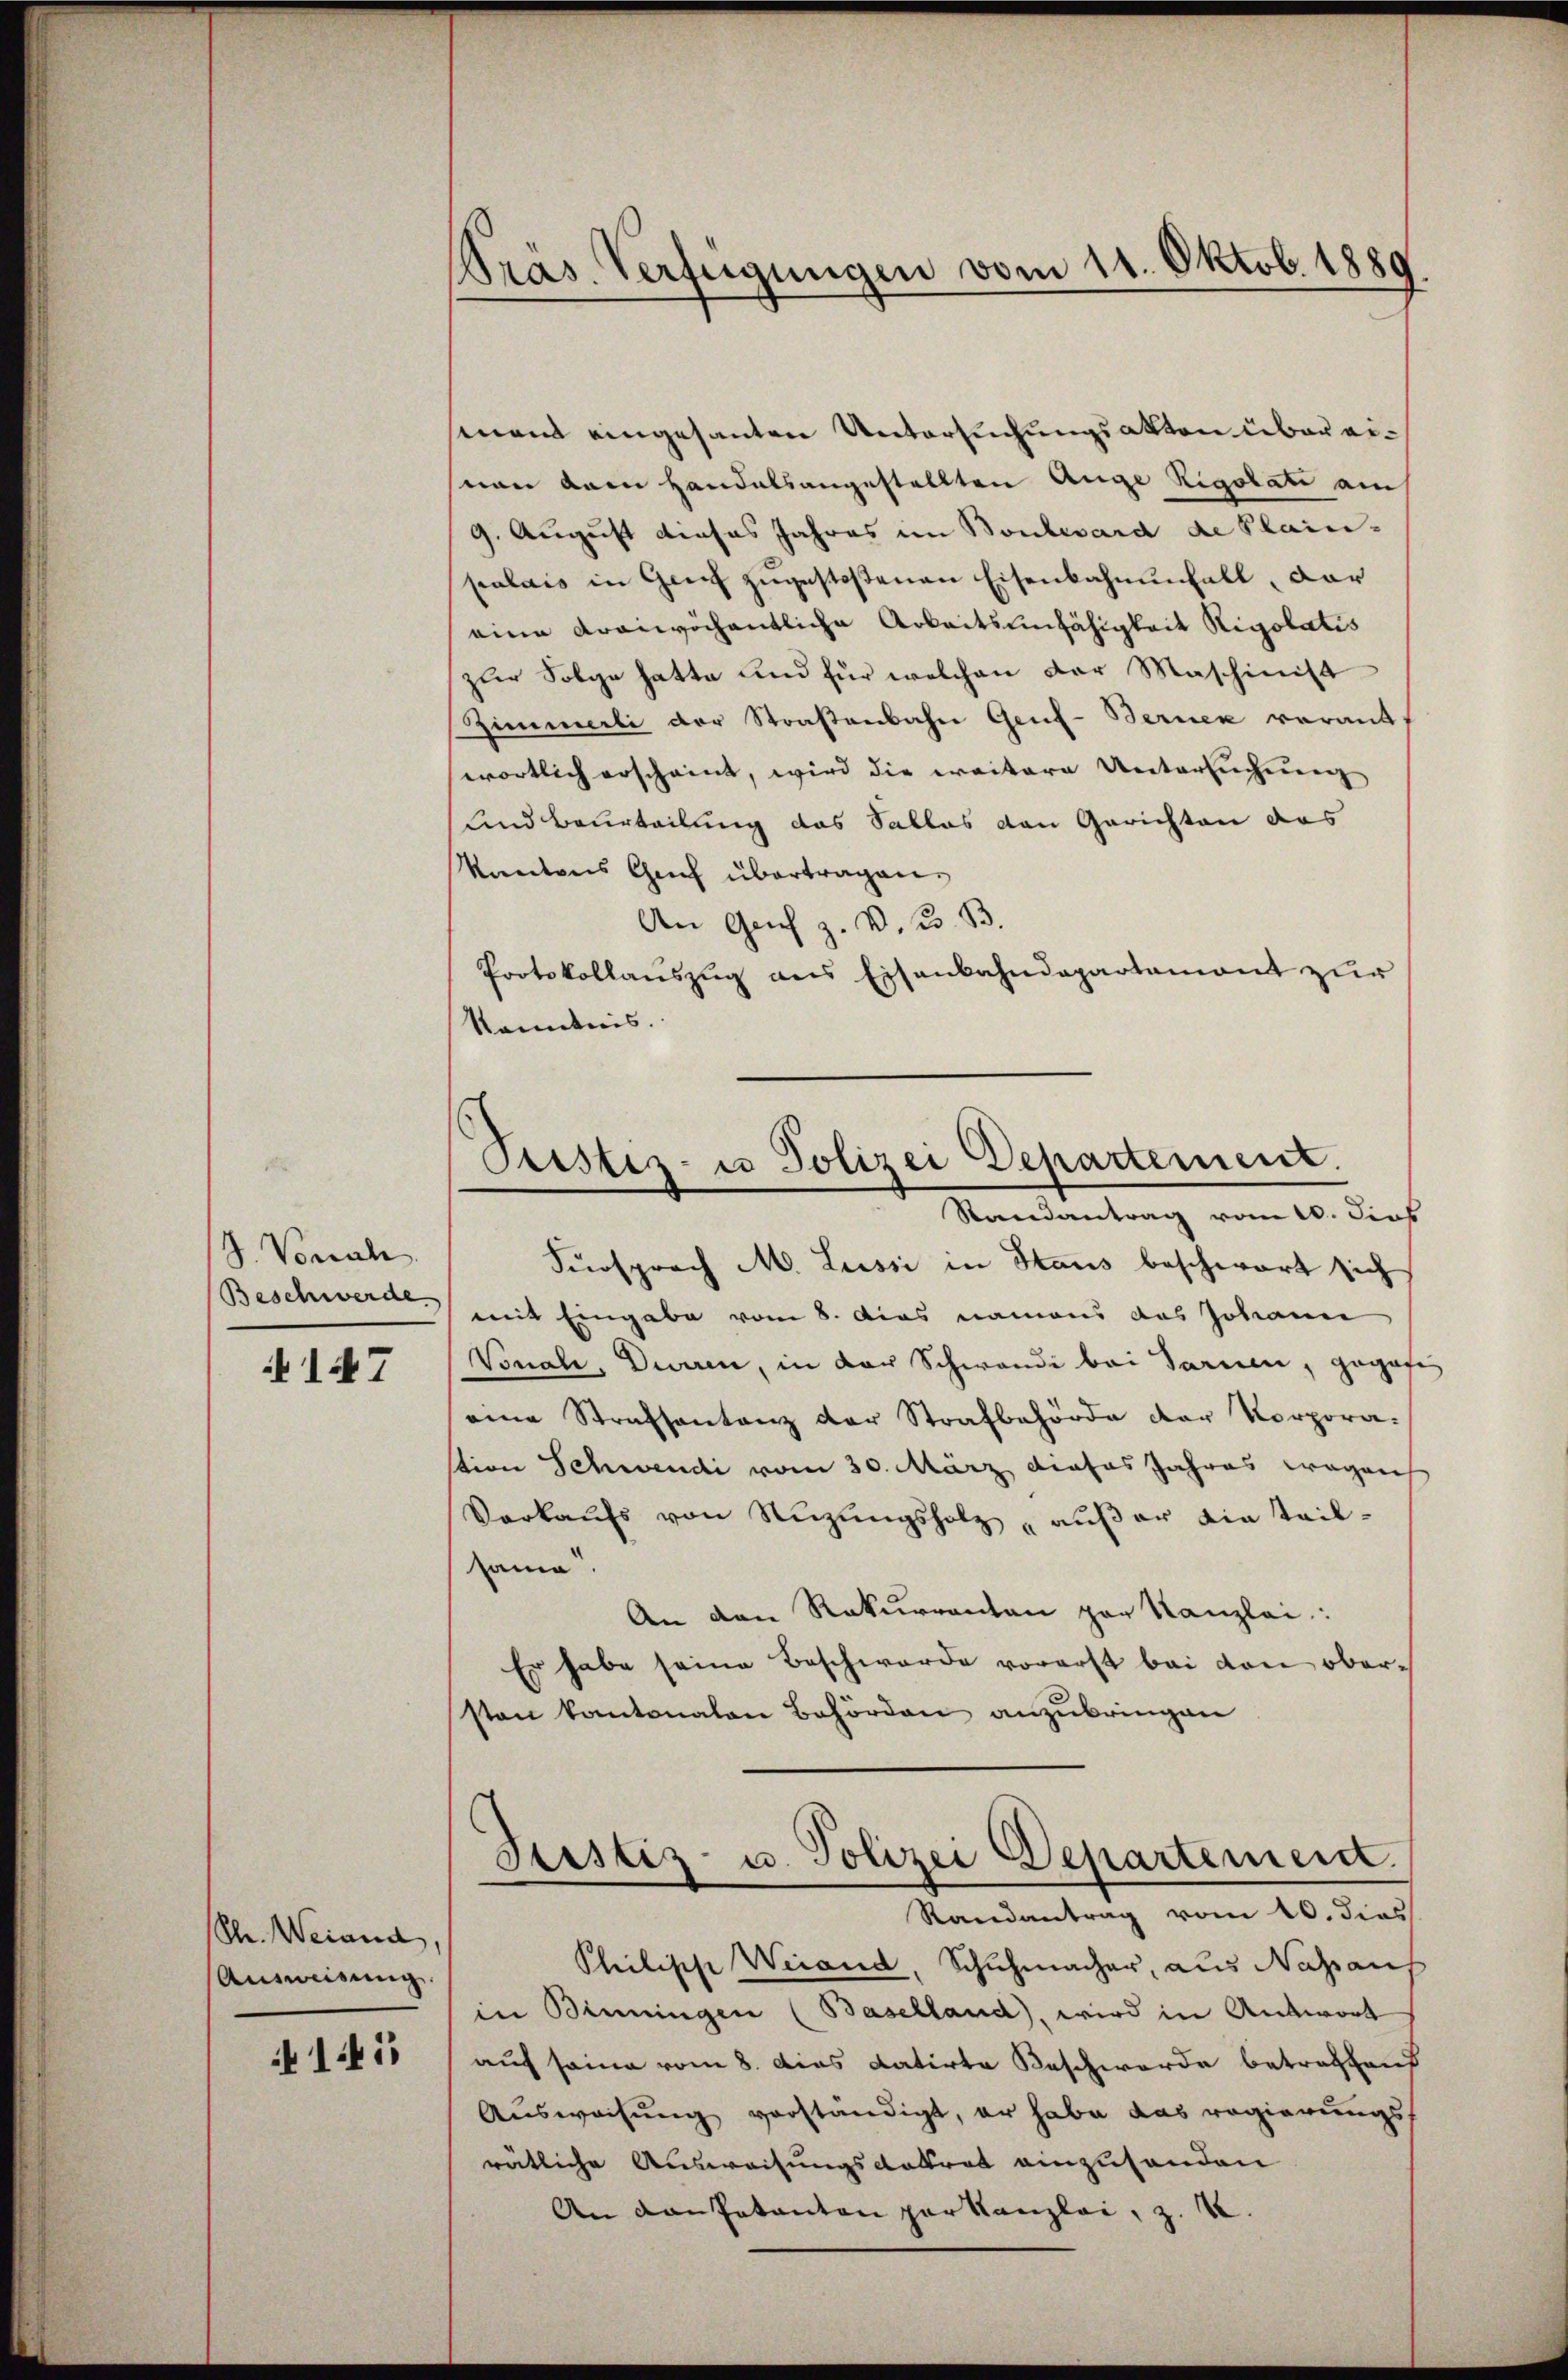
J. Vonial
Beschwerde

147

Str. Weiand,
Ausweisung.

141

Präs. Verfügungen vom 11. Oktob. 1889

Pustiz- u Polizei Departement.
Randantrag vom 10. dies

senen eingesanten Untersuchungsakten über eivon dem Handelsangestellten Auge Rigolate au
9. August dieses Jahres im Boulevard de Plain-
palais in Genf zugestoßenen Eisenbahnenfall, dar
eine Kraiwöchentliche Arbeitsunfähigkeit Rigolatis
zur Folge hatte und für welchen der Maschinist
Zimmerli der Straßenbahn Genf-Bernen verant
wortlich erscheint, wird die ereitere Untersuchung
und Beurteilung das Sallas den Gerichten das
Kantons Cach übertragen.
An Genf z. V. B. B.
Protokollauszug aus Eisenbahndepartement zur
Kenntnis.
Fürsprach M. Lussi in Staus beschwart sich
mit Eingabe vom 8. Das namens das Johann
Vonali, Diaren, in der Schwandi bei Sarnen, gegebe
eine Strafsantanz der Strafbehörde der Vorpora-
tion Schwendi vom 30. März dieses Jahres wegenh
Verkaŭfs von Nizŭngsholz aŭβer die Teil-
same
An den Rekurrenten par Kanzlei:
Er habe seine Beschwerde vorerst bei von oberson kantonalen Behörden anzubringen
Justiz- u. Polizei Departement.
Randantrag vom 10. dies
Philische Weiand, Schuhmacher, aus Nassaus
in Binningen (Baselland), wird in Antwort
auf seine vom 8. Dies datirte Beschwerde betreffend
Ausweisung verständigt, er habe das regierungsf
rätliche Ausweisungsdatrat einzuhanden
An van Patanton par Kanzlei, z.